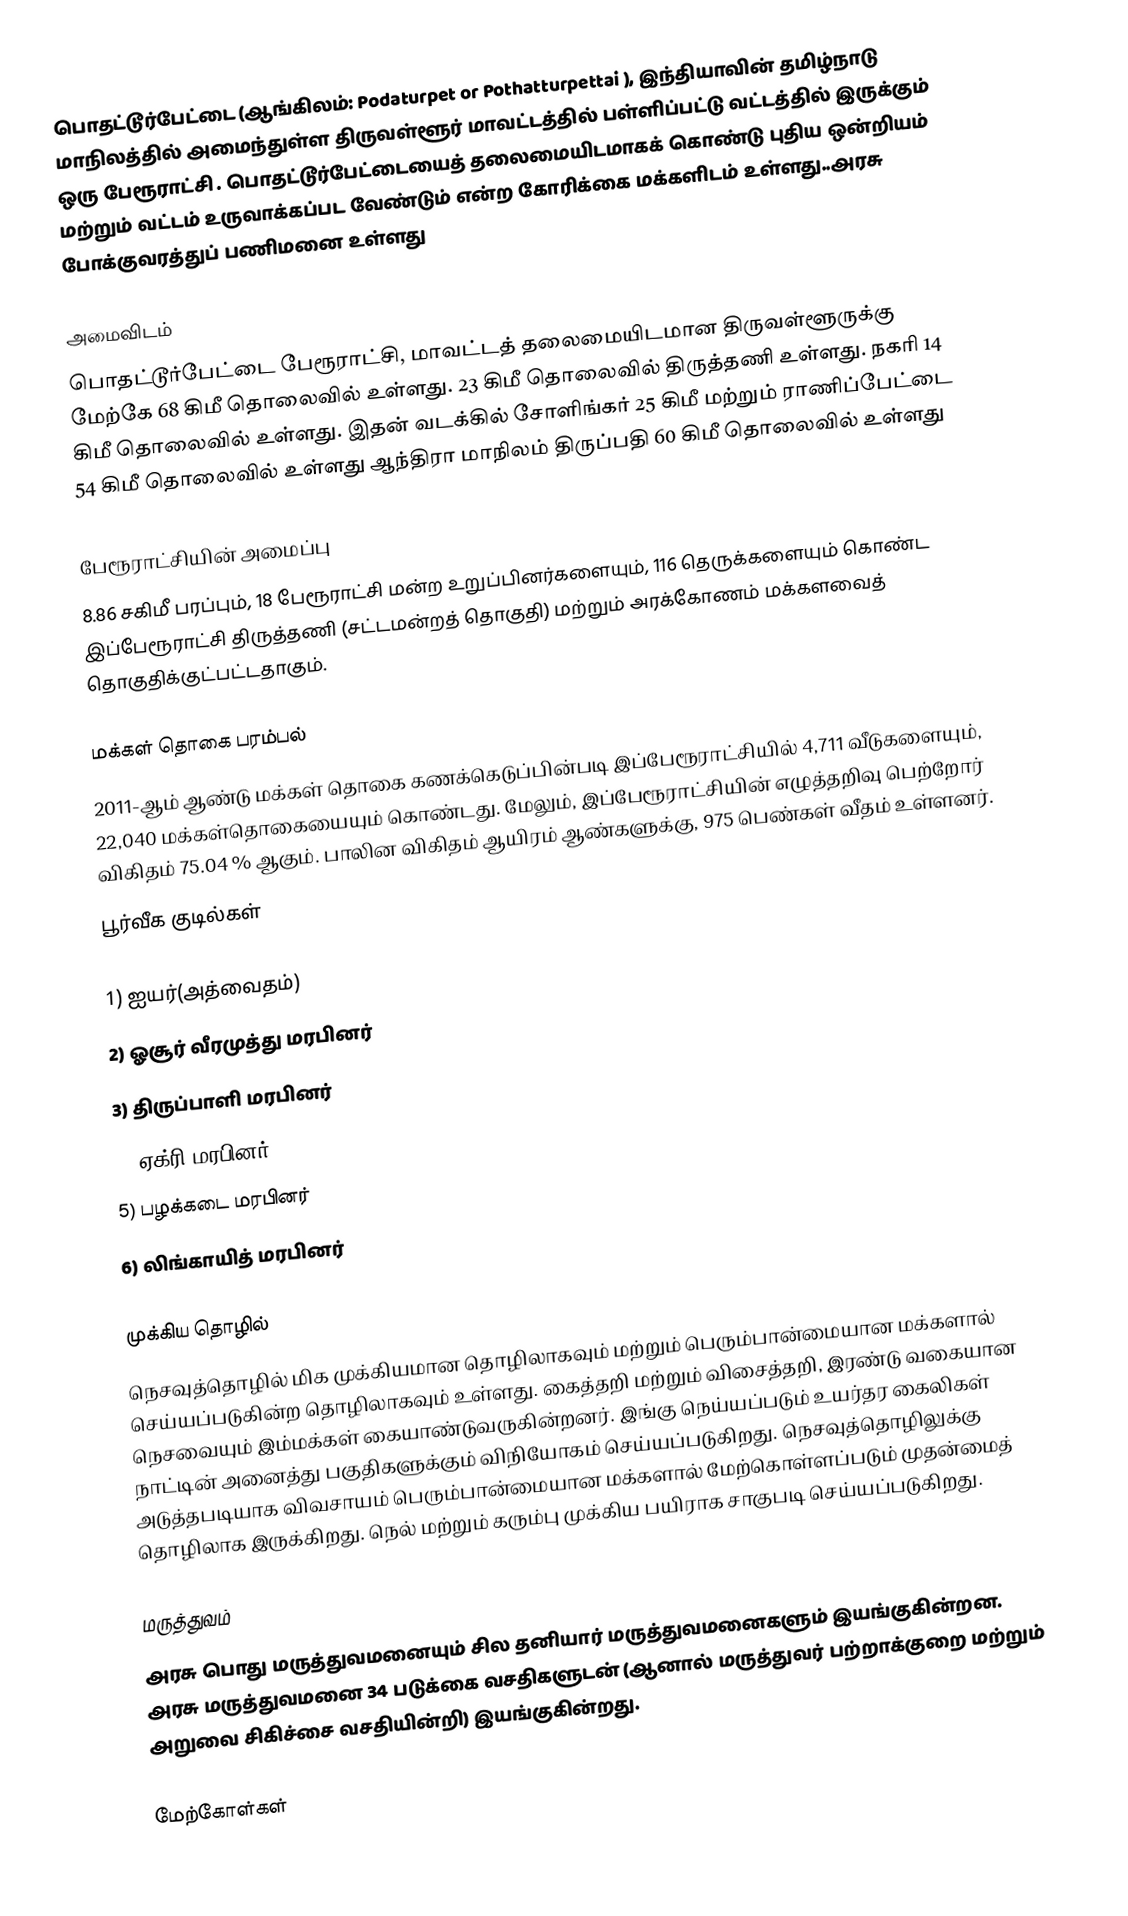
பொதட்டூர்பேட்டை (ஆங்கிலம்: Podaturpet or Pothatturpettai ), இந்தியாவின் தமிழ்நாடு மாநிலத்தில் அமைந்துள்ள திருவள்ளூர் மாவட்டத்தில் பள்ளிப்பட்டு வட்டத்தில் இருக்கும் ஒரு பேரூராட்சி . பொதட்டூர்பேட்டையைத் தலைமையிடமாகக் கொண்டு புதிய ஒன்றியம் மற்றும் வட்டம் உருவாக்கப்பட வேண்டும் என்ற கோரிக்கை மக்களிடம் உள்ளது..அரசு போக்குவரத்துப் பணிமனை உள்ளது

அமைவிடம்
பொதட்டூர்பேட்டை பேரூராட்சி, மாவட்டத் தலைமையிடமான திருவள்ளூருக்கு மேற்கே 68 கிமீ தொலைவில் உள்ளது. 23 கிமீ தொலைவில்  திருத்தணி உள்ளது.  நகரி 14 கிமீ தொலைவில் உள்ளது. இதன் வடக்கில் சோளிங்கர் 25 கிமீ மற்றும் ராணிப்பேட்டை 54 கிமீ தொலைவில் உள்ளது ஆந்திரா மாநிலம் திருப்பதி 60 கிமீ தொலைவில் உள்ளது

பேரூராட்சியின் அமைப்பு
8.86 சகிமீ பரப்பும், 18  பேரூராட்சி மன்ற உறுப்பினர்களையும், 116 தெருக்களையும்  கொண்ட இப்பேரூராட்சி திருத்தணி  (சட்டமன்றத் தொகுதி) மற்றும் அரக்கோணம் மக்களவைத் தொகுதிக்குட்பட்டதாகும்.

மக்கள் தொகை பரம்பல்
2011-ஆம் ஆண்டு மக்கள் தொகை கணக்கெடுப்பின்படி இப்பேரூராட்சியில் 4,711  வீடுகளையும், 22,040 மக்கள்தொகையையும் கொண்டது. மேலும், இப்பேரூராட்சியின் எழுத்தறிவு பெற்றோர் விகிதம் 75.04 %  ஆகும். பாலின விகிதம் ஆயிரம் ஆண்களுக்கு, 975 பெண்கள் வீதம் உள்ளனர்.
பூர்வீக குடில்கள்

1) ஐயர்(அத்வைதம்)
2) ஓசூர் வீரமுத்து மரபினர்
3) திருப்பாளி மரபினர்
4) ஏக்ரி மரபினர்
5) பழக்கடை மரபினர்
6) லிங்காயித் மரபினர்

முக்கிய தொழில்
நெசவுத்தொழில் மிக முக்கியமான தொழிலாகவும் மற்றும் பெரும்பான்மையான மக்களால் செய்யப்படுகின்ற தொழிலாகவும் உள்ளது. கைத்தறி மற்றும் விசைத்தறி, இரண்டு வகையான நெசவையும் இம்மக்கள் கையாண்டுவருகின்றனர். இங்கு நெய்யப்படும் உயர்தர கைலிகள் நாட்டின் அனைத்து பகுதிகளுக்கும் விநியோகம் செய்யப்படுகிறது. நெசவுத்தொழிலுக்கு அடுத்தபடியாக விவசாயம் பெரும்பான்மையான மக்களால் மேற்கொள்ளப்படும் முதன்மைத் தொழிலாக இருக்கிறது. நெல் மற்றும் கரும்பு முக்கிய பயிராக சாகுபடி செய்யப்படுகிறது.

மருத்துவம்
அரசு பொது மருத்துவமனையும் சில தனியார் மருத்துவமனைகளும் இயங்குகின்றன. அரசு மருத்துவமனை 34 படுக்கை வசதிகளுடன் (ஆனால் மருத்துவர் பற்றாக்குறை மற்றும் அறுவை சிகிச்சை வசதியின்றி) இயங்குகின்றது.

மேற்கோள்கள்